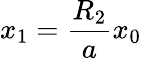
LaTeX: x_{1}=\frac{R_{2}}{a}x_{0}